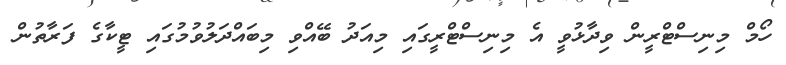
ހޯމް މިނިސްޓްރީން ވިދާޅުވީ އެ މިނިސްޓްރީގައި މިއަދު ބޭއްވި މިބައްދަލުވުމުގައި ޓީކާގެ ފަރާތުން